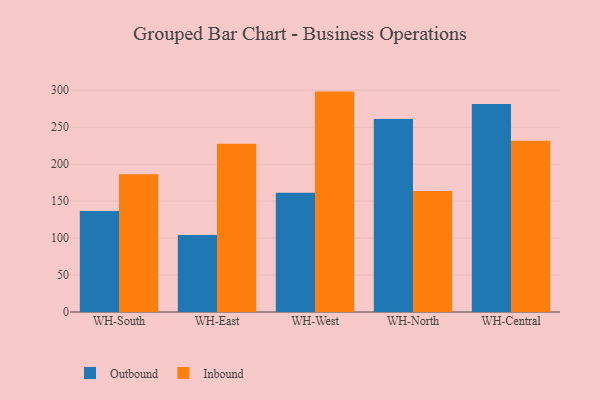
{"axis": {"x": "Warehouse", "y": "Humidity (%)"}, "legend": ["Inbound", "Outbound"], "data": [{"x": "WH-South", "y": 136.8, "type": "Outbound"}, {"x": "WH-South", "y": 186.3, "type": "Inbound"}, {"x": "WH-East", "y": 104.1, "type": "Outbound"}, {"x": "WH-East", "y": 227.6, "type": "Inbound"}, {"x": "WH-West", "y": 161.4, "type": "Outbound"}, {"x": "WH-West", "y": 298.2, "type": "Inbound"}, {"x": "WH-North", "y": 261.0, "type": "Outbound"}, {"x": "WH-North", "y": 163.6, "type": "Inbound"}, {"x": "WH-Central", "y": 281.4, "type": "Outbound"}, {"x": "WH-Central", "y": 231.8, "type": "Inbound"}]}